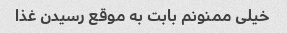
خیلی ممنونم بابت به موقع رسیدن غذا